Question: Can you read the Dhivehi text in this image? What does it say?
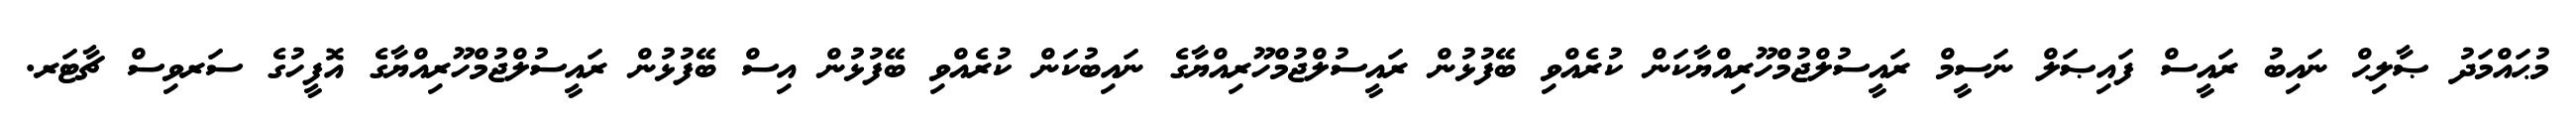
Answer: މުޙައްމަދު ޞާލިޙް ނައިބު ރައީސް ފައިޞަލް ނަސީމް ރައީސުލްޖުމްހޫރިއްޔާކަން ކުރެއްވި ބޭފުޅުން ރައީސުލްޖުމްހޫރިއްޔާގެ ނައިބުކަން ކުރެއްވި ބޭފުޅުން އިސް ބޭފުޅުން ރައީސުލްޖުމްހޫރިއްޔާގެ އޮފީހުގެ ސަރވިސް ޗާޓަރ.